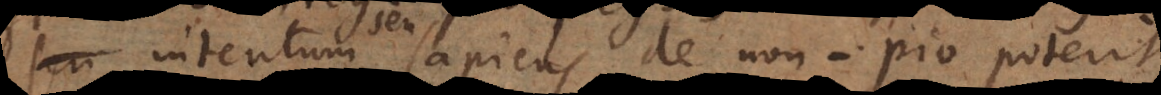
intentum, seu sapiens de non‐pio poterit